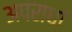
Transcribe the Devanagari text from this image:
अपराधां